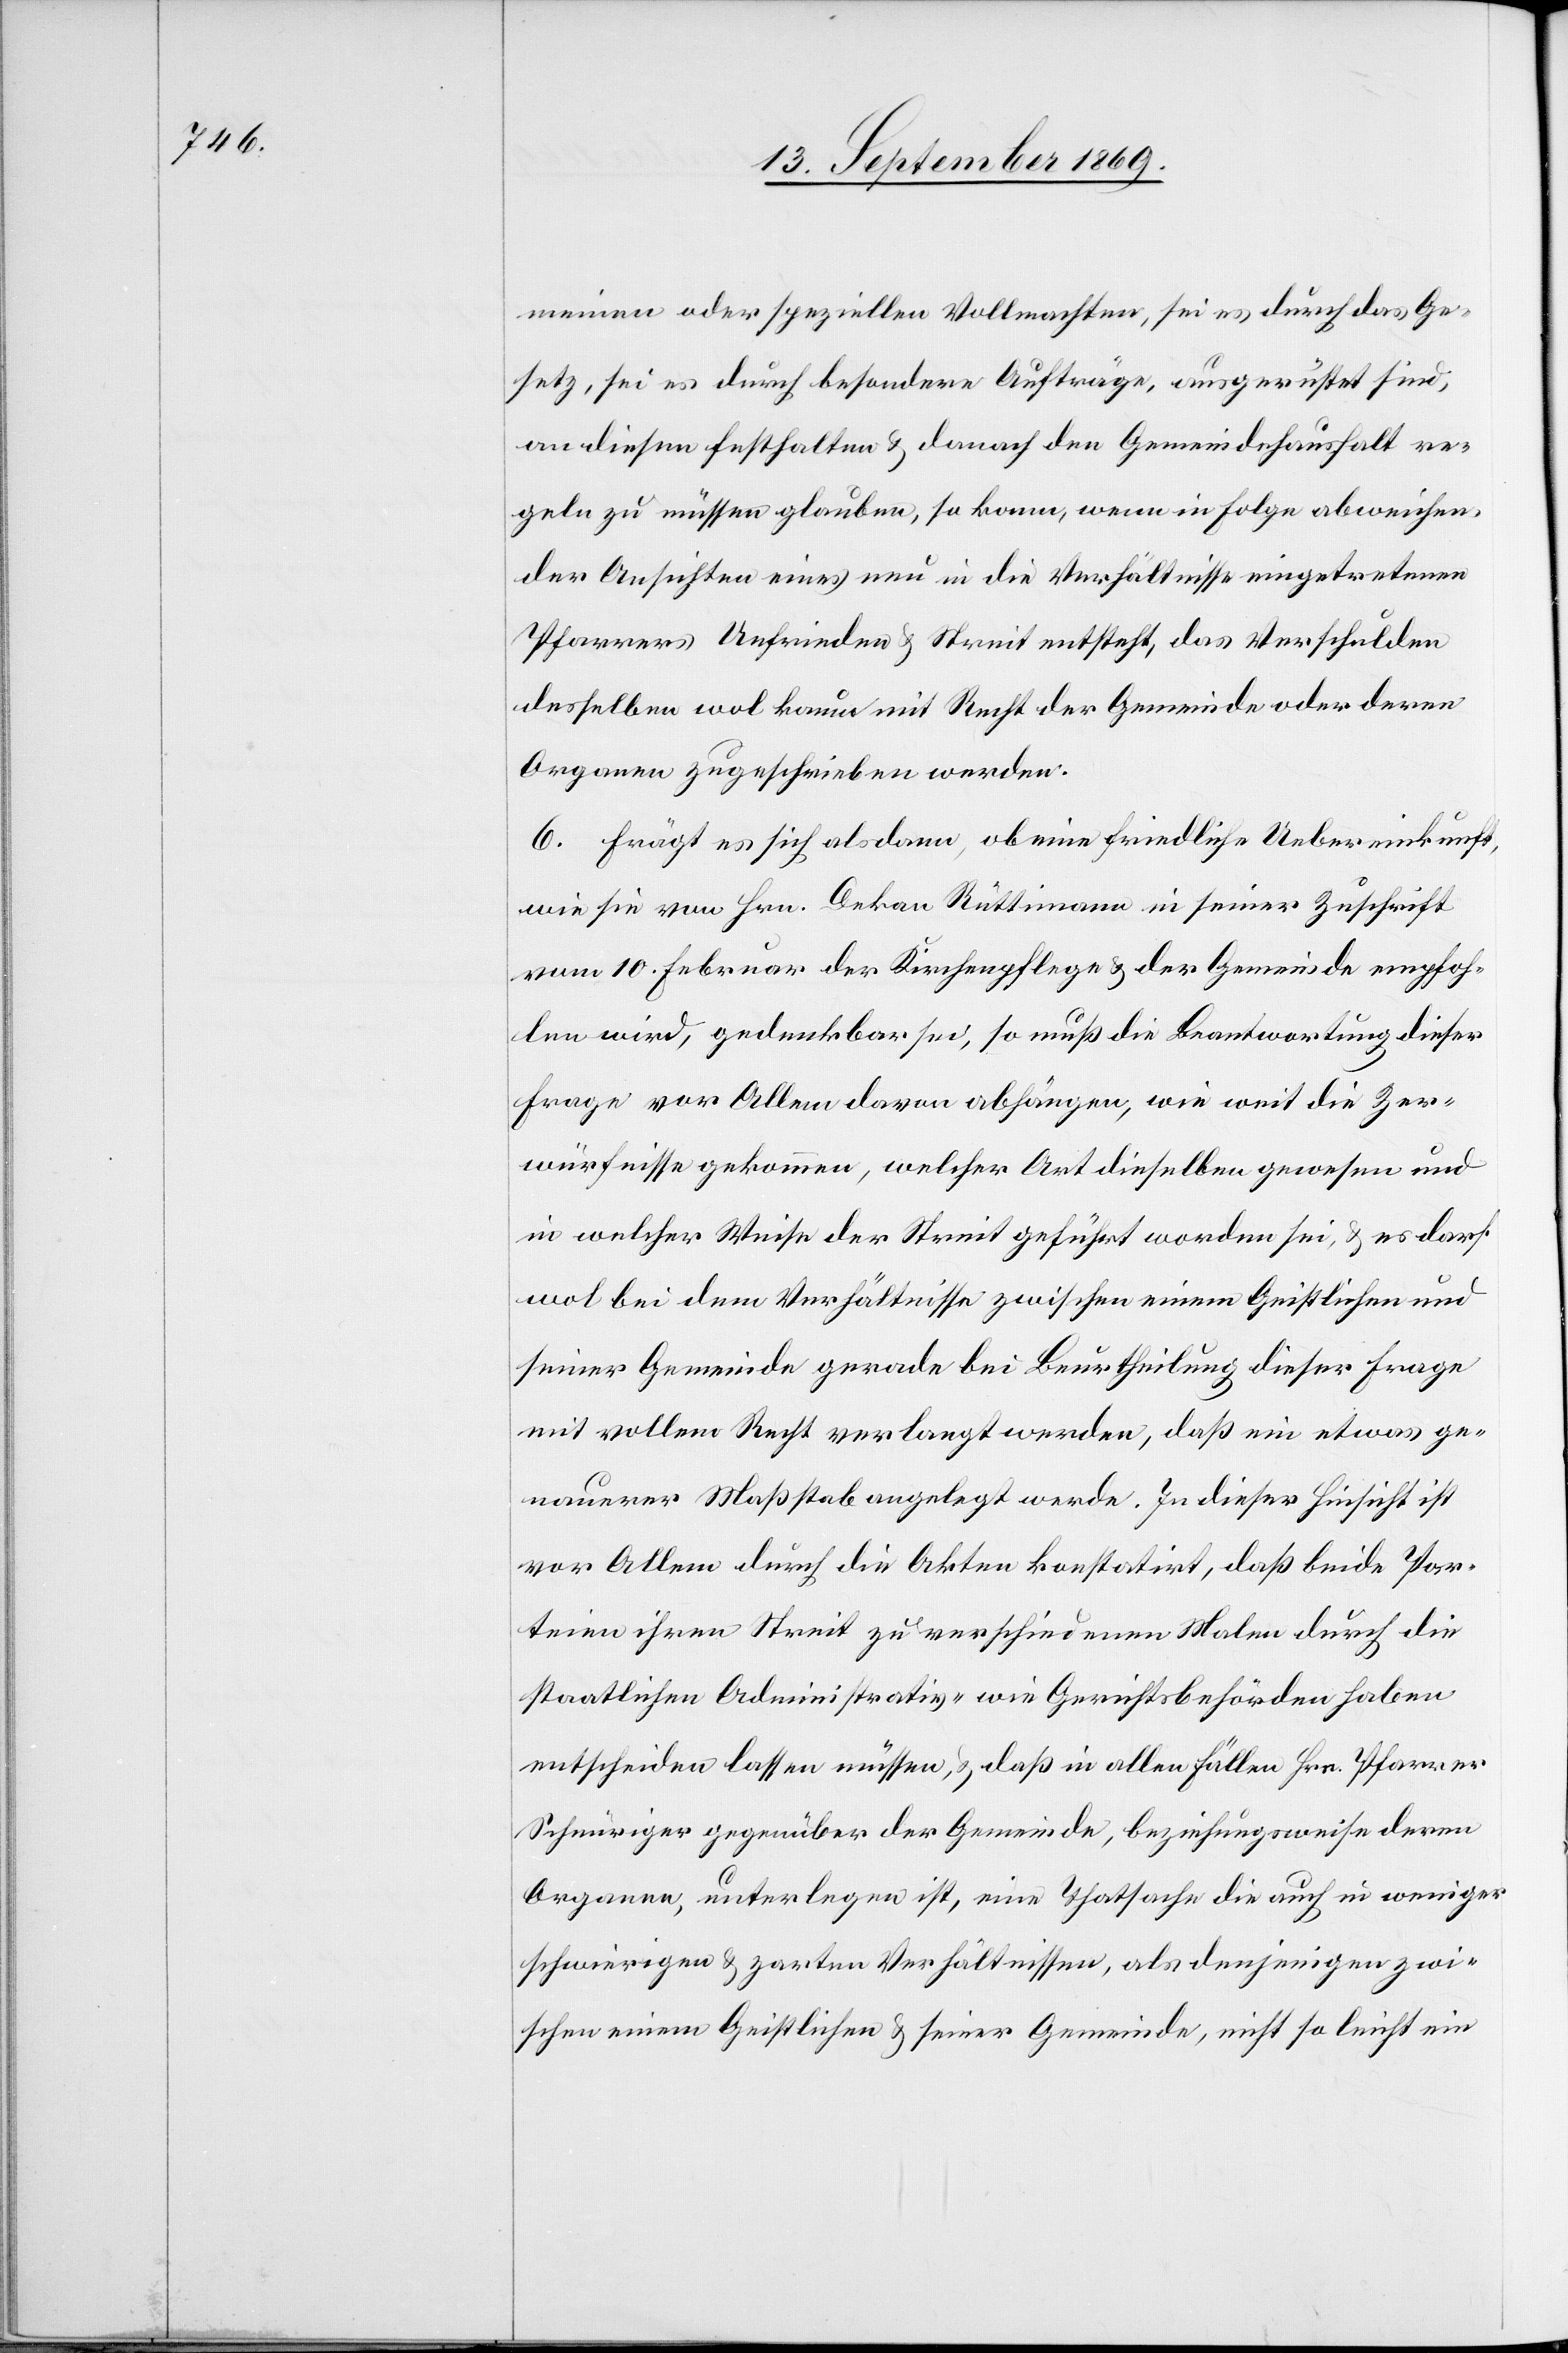
meinen oder speziellen Vollmachten, sei es durch das Ge¬
setz, sei es durch besondere Aufträge, ausgerüstet sind,
an diesen festhalten & danach den Gemeindehaushalt re¬
geln zu müssen glauben, so kann, wenn in Folge abweichen¬
der Ansichten eines neu in die Verhältnisse eingetretenen
Pfarrers Unfrieden & Streit entsteht, das Verschulden
desselben wol kaum mit Recht der Gemeinde oder deren
Organen zugeschrieben werden.
6. Frägt es sich alsdann, ob eine friedliche Uebereinkunft,
wie sie von Hrn. Dekan Rüttimann in seiner Zuschrift
vom 10. Februar der Kirchenpflege & der Gemeinde empfoh¬
len wird, gedenkbar sei, so muß die Beantwortung dieser
Frage vor Allem davon abhängen, wie weit die Zer¬
würfnisse gekommen, welcher Art dieselben gewesen und
in welcher Weise der Streit geführt worden sei, & es darf
wol bei dem Verhältnisse zwischen einem Geistlichen und
seiner Gemeinde gerade bei Beurtheilung dieser Frage
mit vollem Recht verlangt werden, daß ein etwas ge¬
nauerer Maßstab angelegt werde. In dieser Hinsicht ist
vor Allem durch die Akten konstatirt, daß beide Par¬
teien ihren Streit zu verschiedenen Malen durch die
staatlichen Administrativ- wie Gerichtsbehörden haben
entscheiden lassen müssen, & daß in allen Fällen Hrn. Pfarrer
Schnüriger gegenüber der Gemeinde, beziehungsweise deren
Organen, unterlegen ist, eine Thatsache die auch in weniger
schwierigen & zarten Verhältnissen, als denjenigen zwi¬
schen einem Geistlichen & seiner Gemeinde, nicht so leicht ein